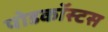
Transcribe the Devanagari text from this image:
पोडकॉस्टस